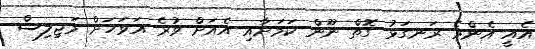
އެއީ އެންމެ ރަނގަޅު ގޮތް ނޫން ކަމަށާއި އެއަށް ވުރެ އަވަހަށް މަޖިލިސް